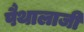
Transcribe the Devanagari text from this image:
पैथालाजी